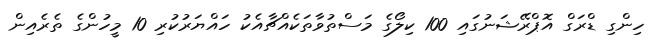
ހިންގި ޑްރަގް އޮޕްރޭޝަނުގައި 100 ކިލޯގެ މަސްތުވާތަކެއްޗާއެކު ހައްޔަރުކުރި 10 މީހުންގެ ތެރެއިން